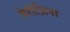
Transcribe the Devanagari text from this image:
बेरीज़िना